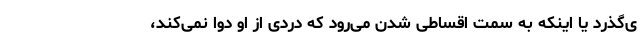
ی‌گذرد یا اینکه به سمت اقساطی شدن می‌رود که دردی از او دوا نمی‌کند،